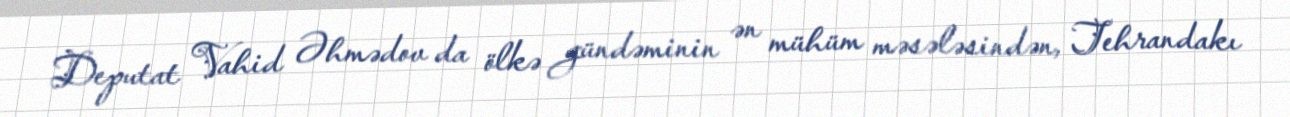
Deputat Vahid Əhmədov da ölkə gündəminin ən mühüm məsələsindən, Tehrandakı